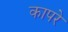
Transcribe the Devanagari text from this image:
कापरे